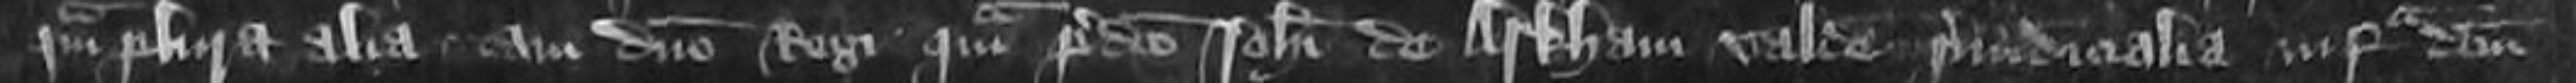
quamplura alia tam domino Regi quam predicto Johanni de Arkham valde preiudicialia infra domini